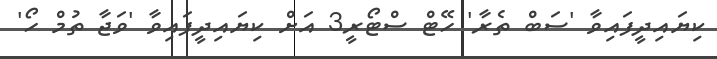
ކިޔައިދީފައިވާ 'ސަބް ތެރާ' ހޭޓް ސްޓޯރީ3 އަށް ކިޔައިދީފައިވާ 'ވަޖާ ތުމް ހޯ'